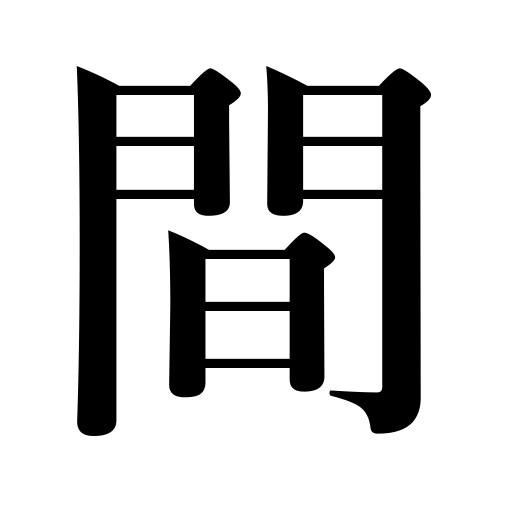
Meanings: distance,time,among,between,space,luck,favorable opportunity,gap,period,room,interval,a while,pause,leisure,relationship,six feet,on the way,midway,timing,rest in music,discord,harmony